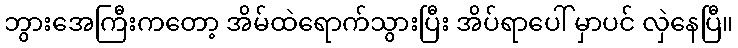
ဘွားအေကြီးကတော့ အိမ်ထဲရောက်သွားပြီး အိပ်ရာပေါ် မှာပင် လှဲနေပြီ။